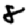
Digit: 8